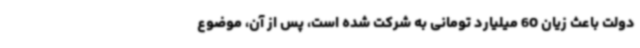
دولت باعث زیان 60 میلیارد تومانی به شرکت شده است، پس از آن، موضوع